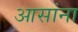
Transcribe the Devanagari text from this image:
आसांना